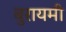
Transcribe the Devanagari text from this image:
बुरायमी